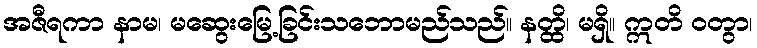
အဇီရကာ နာမ၊ မဆွေးမြေ့ခြင်းသဘောမည်သည်။ နတ္ထိ၊ မရှိ။ ဣတိ ဝတွာ၊